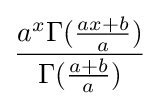
{\frac {a^{x}\Gamma ({\frac {ax+b}{a}})}{\Gamma ({\frac {a+b}{a}})}}